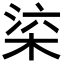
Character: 𣒕